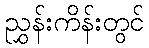
ညွှန်းကိန်းတွင်